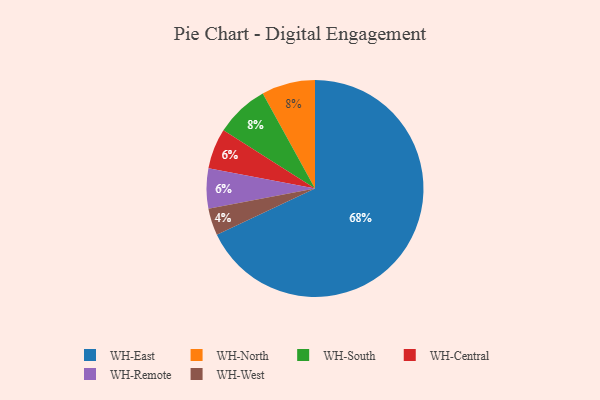
{"axis": {"x": "Category", "y": "Percentage"}, "legend": ["WH-Central", "WH-East", "WH-North", "WH-Remote", "WH-South", "WH-West"], "data": [{"x": "WH-North", "y": 8, "type": "WH-North"}, {"x": "WH-West", "y": 4, "type": "WH-West"}, {"x": "WH-Central", "y": 6, "type": "WH-Central"}, {"x": "WH-Remote", "y": 6, "type": "WH-Remote"}, {"x": "WH-South", "y": 8, "type": "WH-South"}, {"x": "WH-East", "y": 68, "type": "WH-East"}]}